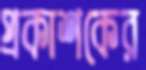
প্রকাশকের